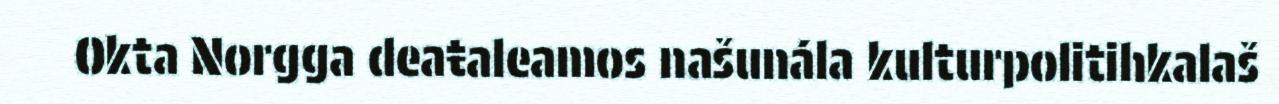
Okta Norgga deaŧaleamos našunála kulturpolitihkalaš